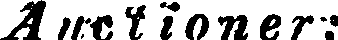
Auctioner: